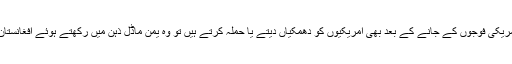
ٹرمپ نے وعدہ کیا ہے کہ اگر وہ امریکی فوجوں کے جانے کے بعد بھی امریکیوں کو دھمکیاں دیتے یا حملہ کرتے ہیں تو وہ یمن ماڈل ذہن میں رکھتے ہوئے افغانستان میںدہشت گردوں پر حملہ دیں گے۔